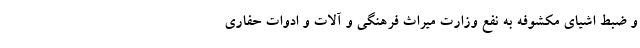
و ضبط اشیای مکشوفه به نفع وزارت میراث فرهنگی و آلات و ادوات حفاری